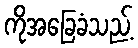
ကိုအခြေခံသည့်